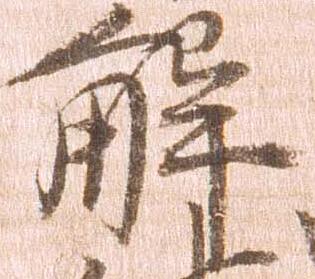
解